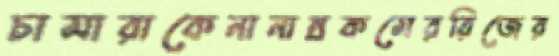
চামারাকেনানান্‌রকমেররিজের